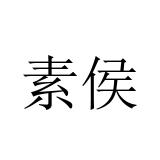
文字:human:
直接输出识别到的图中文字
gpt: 素侯